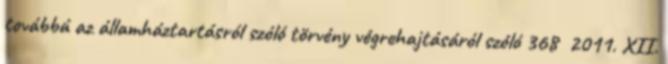
továbbá az államháztartásról szóló törvény végrehajtásáról szóló 368 2011. XII.